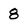
Character: 8